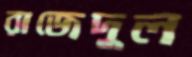
রাজেদুল